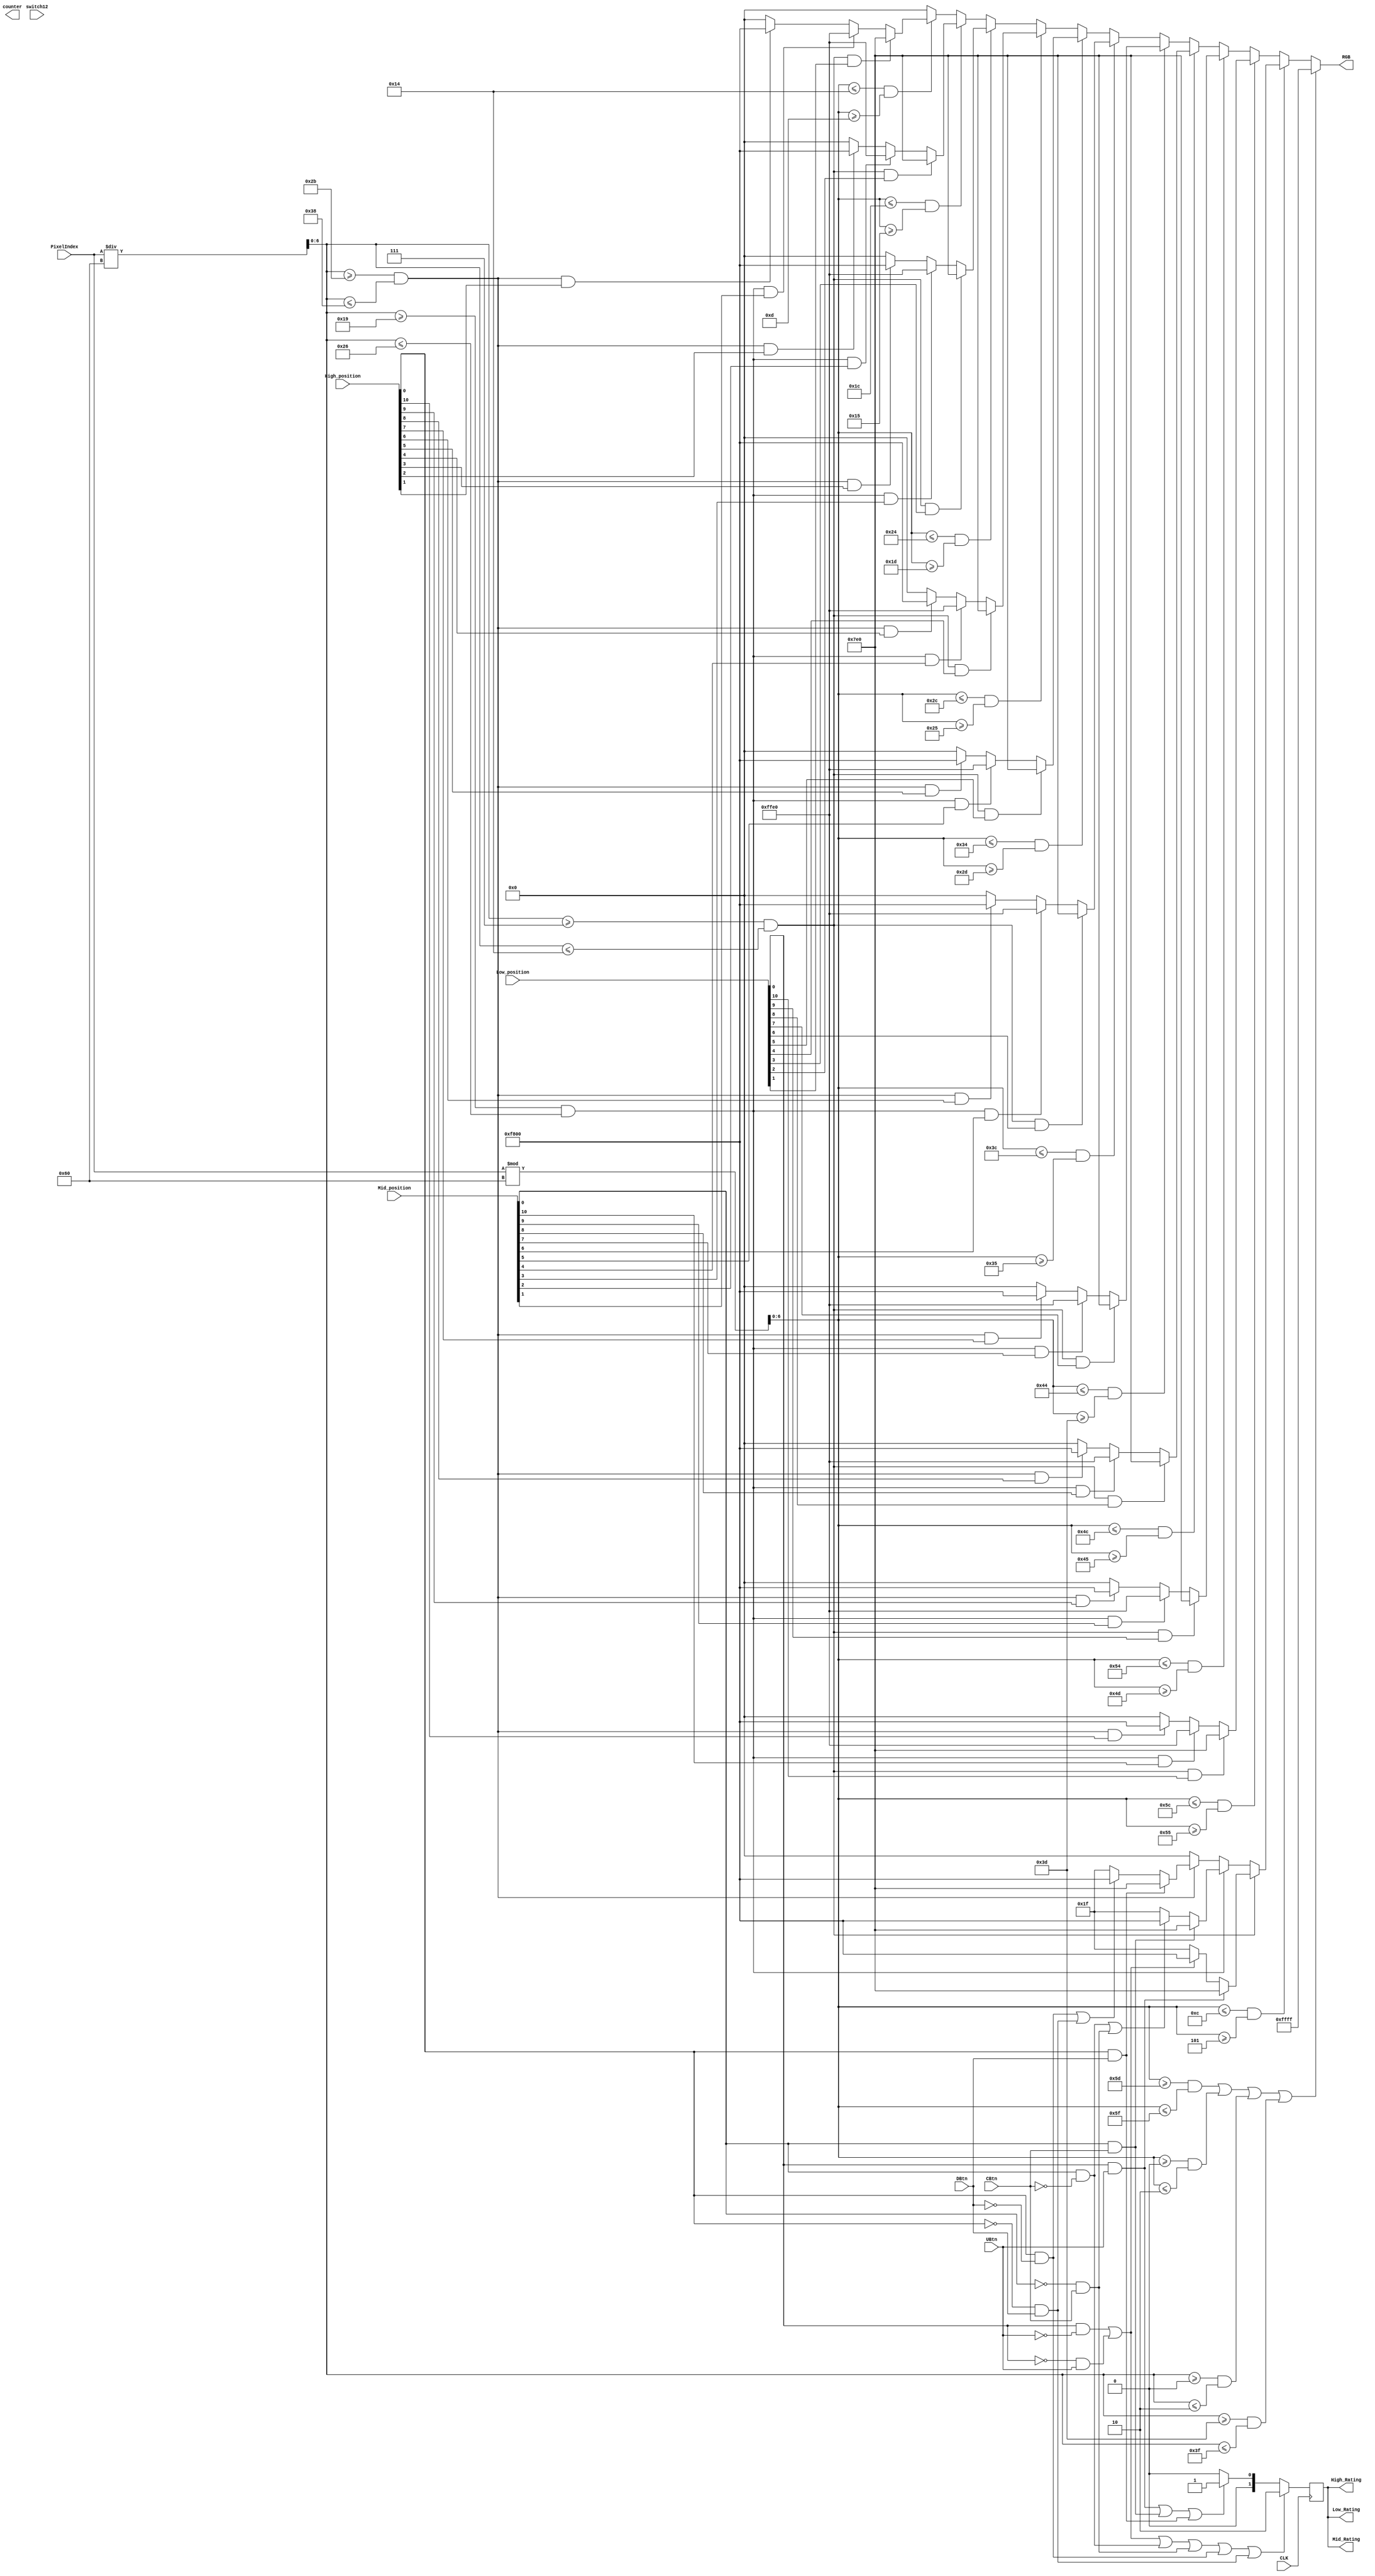
`timescale 1ns / 1ps
//////////////////////////////////////////////////////////////////////////////////
// Company: 
// Engineer: 
// 
// Design Name: 
// Module Name: draw_game_screen
// Project Name: 
// Target Devices: 
// Tool Versions: 
// Description: 
// 
// Dependencies: 
// 
// Revision:
// Revision 0.01 - File Created
// Additional Comments:
// 
//////////////////////////////////////////////////////////////////////////////////


module draw_game_screen(
input CLK,
input switch12,
input [10:0] High_position,
input [10:0] Mid_position ,
input [10:0] Low_position,
input [12:0] PixelIndex,
input DBtn,
input UBtn,
input CBtn,
output reg [1:0] High_Rating = 0, //0 for nothing, 1 for good , 2 for bad.
output reg [1:0] Mid_Rating = 0,
output reg [1:0] Low_Rating = 0,
output reg [13:0] counter,
output reg [15:0] RGB
);

reg [6:0] row = 0;
reg [6:0] column = 0;
reg rating_set =0;

reg [27:0] H_counter = 0;
reg [27:0] M_counter = 0;
reg [27:0] L_counter = 0;

always @(posedge CLK)
begin
//rating == bad
    if ((Low_position[0] == 1  && UBtn == 0) || (Low_position[0] == 0 && UBtn == 1) || (Mid_position[0] == 1 && CBtn == 0) || (Mid_position[0] == 0 && CBtn == 1) || (High_position[0] == 1 && DBtn == 0) || (High_position[0] == 0 && DBtn == 1))
        begin
            High_Rating <= 2;
            Mid_Rating <=2;
            Low_Rating <= 2;
        end
    else if ((Low_position[0] == 1 && UBtn == 1) || (Mid_position[0] == 1 && CBtn == 1) || (High_position[0] == 1 && DBtn == 1))
    begin
         High_Rating <= 1;
         Mid_Rating <=1;
         Low_Rating <= 1;
    end
    
    else
    begin
         High_Rating <= 0;
         Mid_Rating <=0;
         Low_Rating <= 0;
    end
    
end

always @(CLK)
begin
row = PixelIndex / 96;
column = PixelIndex % 96; 

            //The border//
            if ((column >= 93 && column <= 95) || (column >= 0 && column <= 2) ||(row >= 0 && row <= 2) || (row >= 61 && row <= 63))
             begin
                   RGB <= 16'b1111111111111111;
             end 

            //The starting Pad Point
           else if (column <= 12 && column >= 5)
               begin
                  if (row >= 7 && row <= 20) 
                  begin
                             // if ((Low_position[0] == 1 || Low_position[1] == 1 )&& UBtn == 1)
                              if (Low_position[0] == 1 && UBtn == 1)
                              begin
                                  RGB <= 16'b0000011111100000;
                              end
                              
                            //  else if(((Low_position[0] == 1 || Low_position[1] == 1 ) && UBtn == 0) || ((Low_position[0] == 0 || Low_position[1] == 0)&& UBtn == 1))                       
                               else if((Low_position[0] == 1  && UBtn == 0) || (Low_position[0] == 0 && UBtn == 1))   
                              begin
                                  RGB <= 16'b1111100000000000;
                                  
                              end
                              
                              else  
                              begin
                                  RGB <= 16'b0000000000011111;
                              end   
                     end
                     
                   else if (row >= 25 && row <= 38)
                     begin

                           // if ((Mid_position[0] == 1 ||  Mid_position[1] == 1)  && CBtn == 1)
                            if (Mid_position[0] == 1 && CBtn == 1)
                             begin
                                 RGB <= 16'b0000011111100000;
                             end
                             
                           //  else if(((Mid_position[0] == 1 ||  Mid_position[1] == 1 )&& CBtn == 0) || ((Mid_position[0] == 0 || Mid_position[1] == 0) && CBtn == 1))    
                           else if((Mid_position[0] == 1 && CBtn == 0) || (Mid_position[0] == 0 && CBtn == 1))                 
                             begin
                                 RGB <= 16'b1111100000000000;
                             end
                             
                             else 
                             begin
                                 RGB <= 16'b0000000000011111;
                             end
                                
                     end 
                     else if (row >= 43 && row <= 56) 
                    // else if (row >= 43 && row <= 56) 
                    begin
                         // if ((High_position[0] == 1 || High_position[1] == 1) && DBtn == 1)
                          if ((High_position[0] == 1) && DBtn == 1)
                          begin
                              RGB <= 16'b0000011111100000;
                          end
                          
                         // else if(((High_position[0] == 1 || High_position[1] == 1) && DBtn == 0) || ((High_position[0] == 0 || High_position[1] == 0) && DBtn == 1))                       
                          else if((High_position[0] == 1 && DBtn == 0) || (High_position[0] == 0 && DBtn == 1))
                          begin
                              RGB <= 16'b1111100000000000;
                          end
                          
                          else 
                          begin
                              RGB <= 16'b0000000000011111;
                          end                          
                     end   
                                                   
                     else 
                     begin
                             RGB <= 16'b000000000000000;
                     end  
               end 
               
            //Check if (column == 92 to 95) || (column == 0 to 2) || (row == 0 to 2) || (row == 61 to 63), if it is then it is the border.
            
                           //else if position 10
          else if (column <= 92 && column >= 85)
            begin
                  if (row >= 7 && row <= 20 && Low_position[10] == 1)  
                  begin
                       RGB <= 16'b0000011111100000;
                  end
                  else if (row >= 25 && row <= 38 && Mid_position[10] == 1)
                  begin
                       RGB <= 16'b1111111111100000; 
                  end 
                  else if (row >= 43 && row <= 56 && High_position[10] == 1) 
                  begin
                       RGB <= 16'b1111100000000000;
                  end
                  else
                  begin 
                       RGB <= 16'b0000000000000000;
                  end
            end 

                //if position 9
             else if (column <= 84 && column >= 77)
               begin
                     if (row >= 7 && row <= 20 && Low_position[9] == 1)  
                     begin
                          RGB <= 16'b0000011111100000;
                     end
                     else if (row >= 25 && row <= 38 && Mid_position[9] == 1)
                     begin
                          RGB <= 16'b1111111111100000; 
                     end 
                     else if (row >= 43 && row <= 56 && High_position[9] == 1) 
                     begin
                          RGB <= 16'b1111100000000000;
                     end
                     else
                     begin 
                          RGB <= 16'b0000000000000000;
                     end
               end 
            //position 8
             else if (column <= 76 && column >= 69)
               begin
                     if (row >= 7 && row <= 20 && Low_position[8] == 1)  
                     begin
                          RGB <= 16'b0000011111100000;
                     end
                     else if (row >= 25 && row <= 38 && Mid_position[8] == 1)
                     begin
                          RGB <= 16'b1111111111100000; 
                     end 
                     else if (row >= 43 && row <= 56 && High_position[8] == 1) 
                     begin
                          RGB <= 16'b1111100000000000;
                     end
                     else
                     begin 
                          RGB <= 16'b0000000000000000;
                     end
               end 
            //position 7             
               else if (column <= 68 && column >= 61)
                 begin
                       if (row >= 7 && row <= 20 && Low_position[7] == 1)  
                       begin
                            RGB <= 16'b0000011111100000;
                       end
                       else if (row >= 25 && row <= 38 && Mid_position[7] == 1)
                       begin
                            RGB <= 16'b1111111111100000; 
                       end 
                       else if (row >= 43 && row <= 56 && High_position[7] == 1) 
                       begin
                            RGB <= 16'b1111100000000000;
                       end
                       else
                       begin 
                            RGB <= 16'b0000000000000000;
                       end
                 end 
//position 6
               else if (column <= 60 && column >= 53)
                 begin
                       if (row >= 7 && row <= 20 && Low_position[6] == 1)  
                       begin
                            RGB <= 16'b0000011111100000;
                       end
                       else if (row >= 25 && row <= 38 && Mid_position[6] == 1)
                       begin
                            RGB <= 16'b1111111111100000; 
                       end 
                       else if (row >= 43 && row <= 56 && High_position[6] == 1) 
                       begin
                            RGB <= 16'b1111100000000000;
                       end
                       else
                       begin 
                            RGB <= 16'b0000000000000000;
                       end
                 end 
//position 5
               else if (column <= 52 && column >= 45)
                 begin
                       if (row >= 7 && row <= 20 && Low_position[5] == 1)  
                       begin
                            RGB <= 16'b0000011111100000;
                       end
                       else if (row >= 25 && row <= 38 && Mid_position[5] == 1)
                       begin
                            RGB <= 16'b1111111111100000; 
                       end 
                       else if (row >= 43 && row <= 56 && High_position[5] == 1) 
                       begin
                            RGB <= 16'b1111100000000000;
                       end
                       else
                       begin 
                            RGB <= 16'b0000000000000000;
                       end
                 end 
                 //position 4
               else if (column <= 44 && column >= 37)
                   begin
                         if (row >= 7 && row <= 20 && Low_position[4] == 1)  
                         begin
                              RGB <= 16'b0000011111100000;
                         end
                         else if (row >= 25 && row <= 38 && Mid_position[4] == 1)
                         begin
                              RGB <= 16'b1111111111100000; 
                         end 
                         else if (row >= 43 && row <= 56 && High_position[4] == 1) 
                         begin
                              RGB <= 16'b1111100000000000;
                         end
                         else
                         begin 
                              RGB <= 16'b0000000000000000;
                         end
                   end 
                   //position 3
                              else if (column <= 36 && column >= 29)
                     begin
                           if (row >= 7 && row <= 20 && Low_position[3] == 1)  
                           begin
                                RGB <= 16'b0000011111100000;
                           end
                           else if (row >= 25 && row <= 38 && Mid_position[3] == 1)
                           begin
                                RGB <= 16'b1111111111100000; 
                           end 
                           else if (row >= 43 && row <= 56 && High_position[3] == 1) 
                           begin
                                RGB <= 16'b1111100000000000;
                           end
                           else
                           begin 
                                RGB <= 16'b0000000000000000;
                           end
                     end     
                             //position 2
                             
                                else if (column <= 28 && column >= 21)
                       begin
                             if (row >= 7 && row <= 20 && Low_position[2] == 1)  
                             begin
                                  RGB <= 16'b0000011111100000;
                             end
                             else if (row >= 25 && row <= 38 && Mid_position[2] == 1)
                             begin
                                  RGB <= 16'b1111111111100000; 
                             end 
                             else if (row >= 43 && row <= 56 && High_position[2] == 1) 
                             begin
                                  RGB <= 16'b1111100000000000;
                             end
                             else
                             begin 
                                  RGB <= 16'b0000000000000000;
                             end
                       end   
                       
                       //position 1
                                   else if (column <= 20 && column >= 13)
                         begin
                               if (row >= 7 && row <= 20 && Low_position[1] == 1)  
                               begin
                                    RGB <= 16'b0000011111100000;
                               end
                               else if (row >= 25 && row <= 38 && Mid_position[1] == 1)
                               begin
                                    RGB <= 16'b1111111111100000; 
                               end 
                               else if (row >= 43 && row <= 56 && High_position[1] == 1) 
                               begin
                                    RGB <= 16'b1111100000000000;
                               end
                               else
                               begin 
                                    RGB <= 16'b0000000000000000;
                               end
                         end       
                                
                           // Any other pixel.
                           else
                           begin
                                RGB <= 16'b0000000000000000;
                           end
                      
end

    
    
endmodule